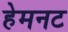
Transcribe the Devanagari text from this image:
हेमनट